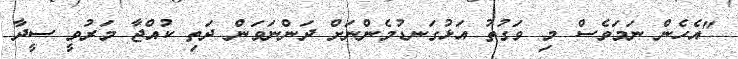
"އެހެން ނަމަވެސް މި ވަގުތު އަޅުގަނޑުމެންނަށް ދަންނަވަން ދަތި ކުއްޖާ މަރުވީ ސީދާ